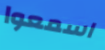
اسمعوا